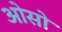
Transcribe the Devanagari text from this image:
ओसो